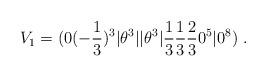
LaTeX: \begin{align*}V_1 =(0(-{1\over 3})^3 \vert \theta^3\vert\vert \theta^3\vert {1\over 3}{1\over 3}{2\over 3} 0^5 \vert 0^8)~.\end{align*}